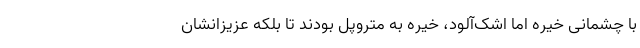
با چشمانی خیره اما اشک‌آلود، خیره به متروپل بودند تا بلکه عزیزانشان